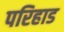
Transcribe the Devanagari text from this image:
परिहाड